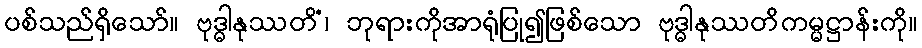
ပစ်သည်ရှိသော်။ ဗုဒ္ဓါနုဿတိံ၊ ဘုရားကိုအာရုံပြု၍ဖြစ်သော ဗုဒ္ဓါနုဿတိကမ္မဋ္ဌာန်းကို။